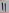
Text: 11